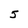
Character: 5